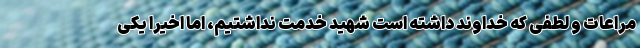
مراعات و لطفی که خداوند داشته است شهید خدمت نداشتیم، اما اخیراً یکی